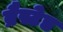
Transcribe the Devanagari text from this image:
ब्रैस्टेड